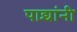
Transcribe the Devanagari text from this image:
पाद्र्यांनी